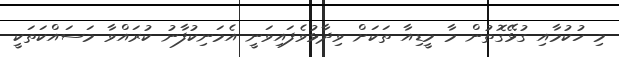
މި ހުކުމާއި ގުޅޭގޮތުން މާ މީޑިއާ ތަކަށް ވިދާޅުވެފައިވަނީ އެމަނިކުފާނު ކުރައްވާ މަސައްކަތަކީ